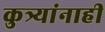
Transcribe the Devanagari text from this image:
कुत्र्यांनाही